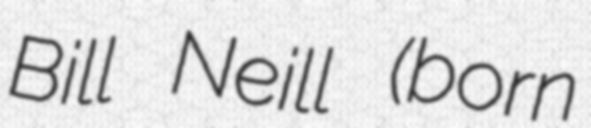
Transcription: Bill Neill (born